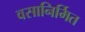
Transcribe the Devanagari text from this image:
वसानिर्मित